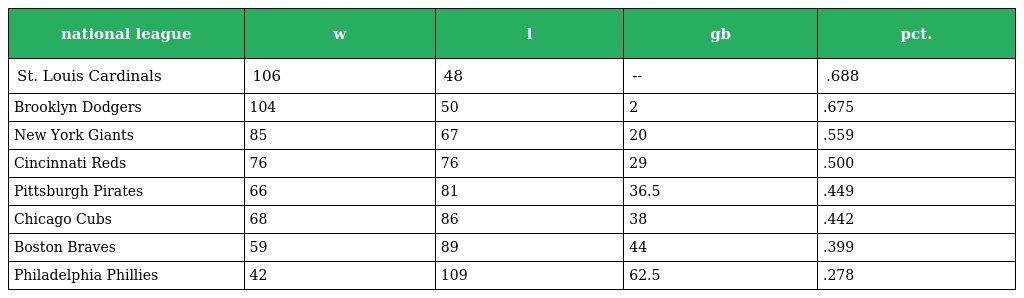
| national league | w | l | gb | pct. |
 | --- | --- | --- | --- | --- |
 | St. Louis Cardinals | 106 | 48 | -- | .688 |
 | Brooklyn Dodgers | 104 | 50 | 2 | .675 |
 | New York Giants | 85 | 67 | 20 | .559 |
 | Cincinnati Reds | 76 | 76 | 29 | .500 |
 | Pittsburgh Pirates | 66 | 81 | 36.5 | .449 |
 | Chicago Cubs | 68 | 86 | 38 | .442 |
 | Boston Braves | 59 | 89 | 44 | .399 |
 | Philadelphia Phillies | 42 | 109 | 62.5 | .278 |